Cholera in India, 1862 to 1881
Year: 1862
Disease focus: Cholera
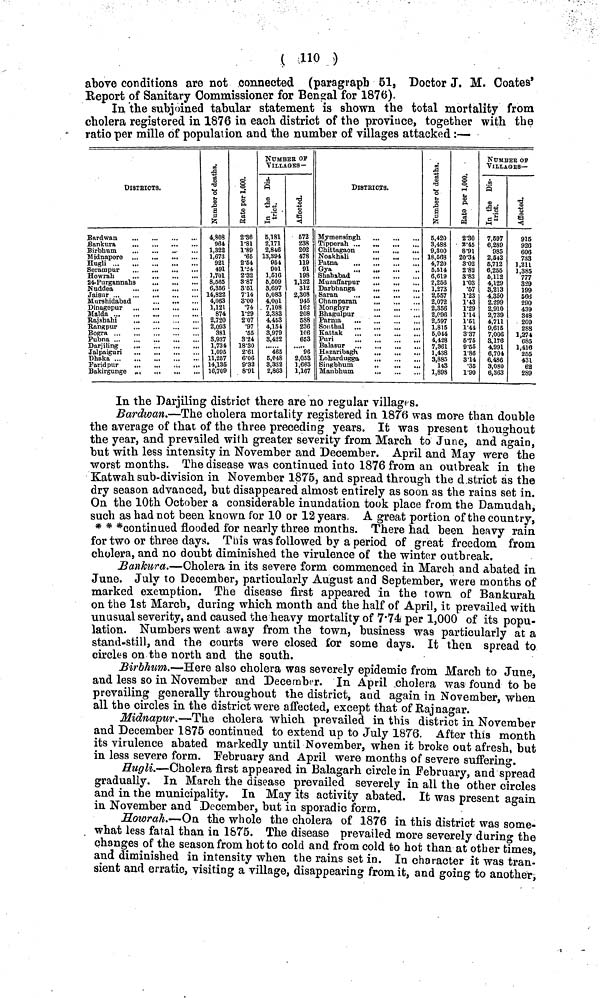
( no )
above conditions are not connected (paragraph 51, Doctor J. M. Coates'
Report of Sanitary Commissioner for Bengal for 1876).
In the subjoined tabular statement is shown the total mortality from
cholera registered in 1876 in each district of the province, together with the
ratio per mille of population and the number of villages attacked:—
DISTRICTS.
Hugli
...
Bakirgunge
Number
of
deaths.
4,808
964
1,322
1,673
921
491
1,701
8,565
6,856
14,822
4,063
1,121
874
2,720
2,093
381
8,937
1,734
1,095
11,257
14.135
16,709
Rate per
1,000.
2·86
1·81
1·89
·65
2·54
1·24
2·32
3·87
3·51
7·14
3·00
·74
1-29
2·07
·97
·55
3·24
18·30
2·61
6·06
9·32
8·91
NUMBER OF
VILLAGES -
In the
District.
5,181
2,171
2,846
13,894
954
901
1,516
5,509
3,697
5,083
4,001
7,108
2,383
4,453
4,154
3,979
3,422
465
5,048
3,332
2,863
Affected.
572
238
202
478
119
91
198
1,132
312
2,308
945
162
208
588
236
106
653
96
2,053
1,663
1,167
DISTRICTS.
Mymensingh ...
...
Tipperah ... .
Chittagaon
Noakhali
Shahabad
Muzaffarpur
Darbhanga
Champaran.
Monghyr
Bhagulpur
Puri
Hazaribagh
Lohardugga
...
Singbhum
Manbhum
Number of
deaths.
5,420
3,488
9,300
18,568
4,720
5,514
6,619
2,256
1,273
2,557
2,072
2,356
2,096
2,597
1,815
5,044
4,428
7,361
1,438
3,885
143
1,898
Rate per
1,000.
2·30
2·45
8·9l
20·34
3·02
2·82
3·83
1·03
·57
1·23
1·43
1·29
1·14
1·51
1·44
3·37
5·75
9·55
1·86
3·14
·35
1·90
NUMBER OF
VILLAGES—
In the
District.
7,597
6,289
985
2,542
6,712
6,255
6,112
4,129
3,213
4,350
2,299
2,910
2,739
4,711
9,615
7,006
8,176
4,991
6,704
6,486
3,080
6,363
Affected.
915
926
606
733
1,211
1,385
777
329
199
566
290
439
343
209
288
1,274
685
1,416
255
431
63
289
In the Darjiling district there are no regular villages.
Bardwan.—The cholera mortality registered in 1876 was more than double
the average of that of the three preceding years. It was present thoughout
the year, and prevailed with greater severity from March to June, and again,
but with less intensity in November and December. April and May were the
worst months. The disease was continued into 1876 from an outbreak in the
Katwah sub-division in November 1875, and spread through the d.strict as the
dry season advanced, but disappeared almost entirely as soon as the rains set in.
On the 10th October a considerable inundation took place from the Damudah,
such as had not been known for 10 or 12 years. A great portion of the country,
* * *continued flooded for nearly three months. There had been heavy rain
for two or three days. This was followed by a period of great freedom from
cholera, and no doubt diminished the virulence of the winter outbreak.
Bankura.—Cholera in its severe form commenced in March and abated in
June. July to December, particularly August and September, were months of
marked exemption. The disease first appeared in the town of Bankurah
on the 1st March, during which month and the half of April, it prevailed with
unusual severity, and caused the heavy mortality of 7·74 per 1,000 of its popu-
lation. Numbers went away from the town, business was particularly at a
stand-still, and the courts were closed for some days. It then spread to
circles on the north and the south.
Birbhum.—Here also cholera was severely epidemic from March to June,
and less so in November and December. In April cholera was found to be
prevailing generally throughout the district, and again in November, when
all the circles in the district were affected, except that of Rajnagar.
Midnapur.—The cholera which prevailed in this district in November
and December 1875 continued to extend up to July 1876. After this month
its virulence abated markedly until November, when it broke out afresh, but
in less severe form. February and April were months of severe suffering.
Hugli.—Cholera first appeared in Balagarh circle in February, and spread
gradually. In March the disease prevailed severely in all the other circles
and in the municipality. In May its activity abated. It was present again
in November and December, but in sporadic form.
Howrah.—On the whole the cholera of 1876 in this district was some-
what less fatal than in 1875. The disease prevailed more severely during the
changes of the season from hot to cold and from cold to hot than at other times,
and diminished in intensity when the rains set in. In character it was tran.
sient and erratic, visiting a village, disappearing from it, and going to another,